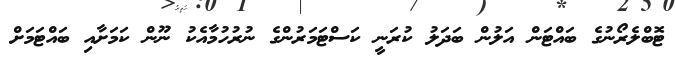
ޓޮބްލެރޯނުގެ ބައްޓަން އަލުން ބަދަލު ކުރަނީ ކަސްޓަމަރުންގެ ނުރުހުމާއެކު ނޫން ކަމަށާއި ބައްޓަމަށް